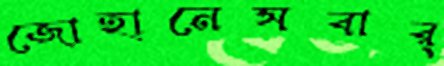
জোহানেসবার্